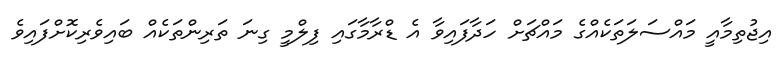
އިޖުތިމާއީ މައްސަލަތަކެއްގެ މައްޗަށް ހަދާފައިވާ އެ ޑްރާމާގައި ފިލްމީ ގިނަ ތަރިންތަކެއް ބައިވެރިކޮށްފައިވެ